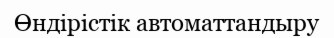
Өндірістік автоматтандыру